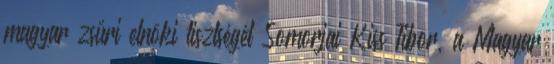
magyar zsűri elnöki tisztségét Somorjai Kiss Tibor, a Magyar